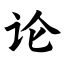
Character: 论